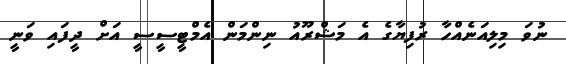
ނުވަ މިލިއަނެއްހާ ރުފިޔާގެ އެ މަޝްރޫއު ނިންމަން އެމްޓީސީސީ އަށް ދީފައި ވަނީ